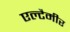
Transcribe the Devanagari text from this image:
एल्टैमीर